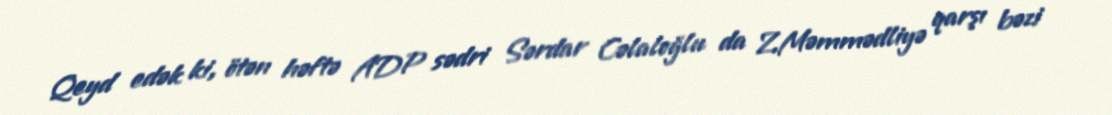
Qeyd edək ki, ötən həftə ADP sədri Sərdar Cəlaloğlu da Z.Məmmədliyə qarşı bəzi